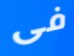
فى